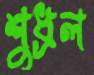
শুধ্‌রল